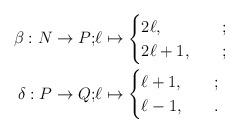
LaTeX: \begin{align*}\beta:N\rightarrow P;& \ell\mapsto \begin{cases}2\ell, & \quad; \\2\ell+1, & \quad;\end{cases}\\\delta:P\rightarrow Q;& \ell\mapsto \begin{cases}\ell+1, & \quad; \\\ell-1, & \quad.\end{cases}\end{align*}